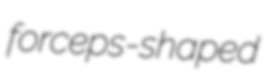
forceps-shaped